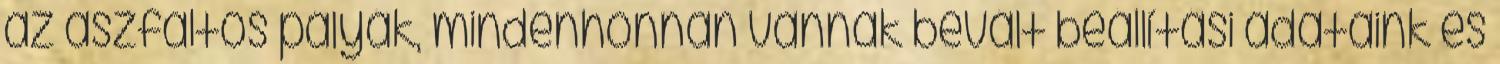
az aszfaltos pályák, mindenhonnan vannak bevált beállítási adataink és